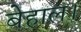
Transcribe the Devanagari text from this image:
बेहाल।